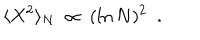
\langle X ^ { 2 } \rangle _ { N } ~ \propto ~ ( \ln N ) ^ { 2 } ~ ~ .